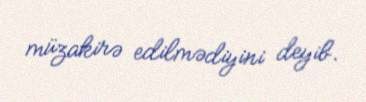
müzakirə edilmədiyini deyib.